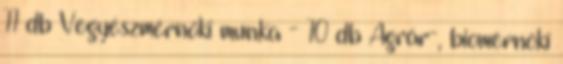
11 db Vegyészmérnöki munka - 10 db Agrár-, biomérnöki